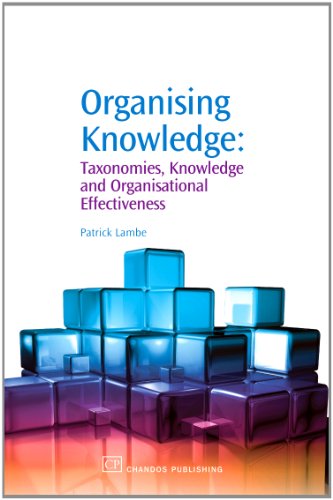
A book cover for Organising Knowledge: Taxonomies, Knowledge and Organisational Effectiveness (Chandos Knowledge Management); Patrick Lambe; Business & Money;